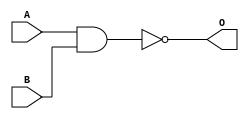
module Nand8bit
(
	input [7:0]A,
	input [7:0]B,
	output [7:0]O

);

assign O[7:0]=~(A[7:0]&B[7:0]);



endmodule